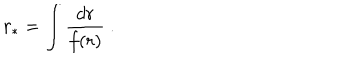
r _ { \ast } = \int \frac { d r } { f ( r ) } \ .